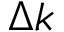
\Delta k